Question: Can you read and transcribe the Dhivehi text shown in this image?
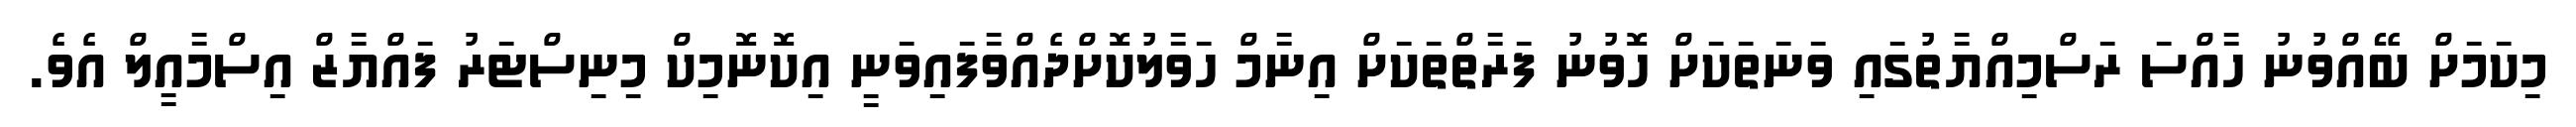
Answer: މިކަމަށް ބޭއްވުނު ހާއްސަ ރަސްމިއްޔާތުގައި ވަނަތަކަށް ހޮވުނު ފަރާތްތަކަށް އިނާމް ހަވާލުކޮށްދެއްވާފައިވަނީ އިކޮނޮމިކް މިނިސްޓަރު ފައްޔާޒް އިސްމާއީލް އެވެ.